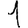
Digit: 1